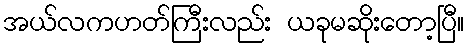
အယ်လကဟတ်ကြီးလည်း ယခုမဆိုးတော့ပြီ။